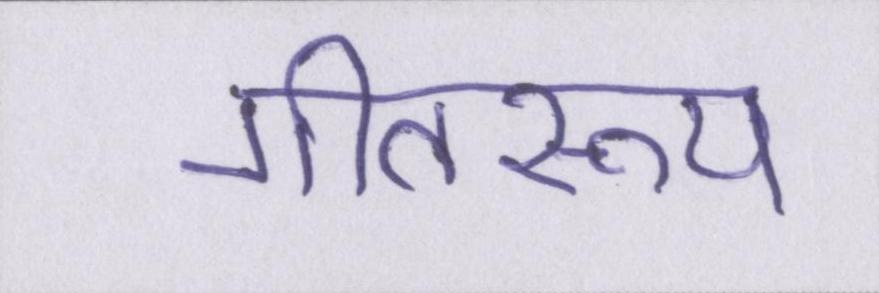
गीतरूप